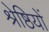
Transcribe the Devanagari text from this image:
श्रेष्ठियों